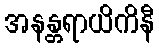
အနန္တရာယိကိနီ